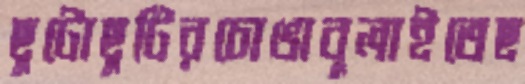
ছুটোছুটিরচোঙাবুলাইতেছ